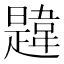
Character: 韙